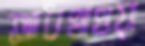
আধখাওয়া